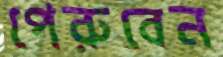
পেরুবেন